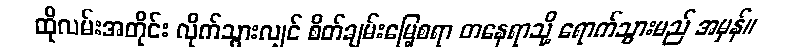
ထိုလမ်းအတိုင်း လိုက်သွားလျှင် စိတ်ချမ်းမြေ့စရာ တနေရာသို့ ရောက်သွားမည် အမှန်။